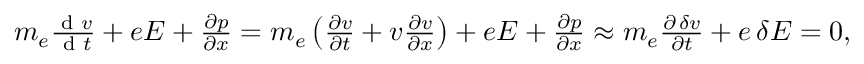
\begin{array} { r } { m _ { e } \frac { \textrm { d } v } { \textrm { d } t } + e E + \frac { \partial p } { \partial x } = m _ { e } \left( \frac { \partial v } { \partial t } + v \frac { \partial v } { \partial x } \right) + e E + \frac { \partial p } { \partial x } \approx m _ { e } \frac { \partial \, \delta v } { \partial t } + e \, \delta E = 0 , } \end{array}